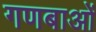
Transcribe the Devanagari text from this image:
गणबाओं